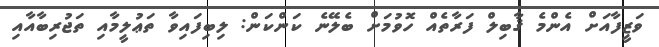
ވަޒީފާއަށް އެންމެ ޤާބިލް ފަރާތެއް ހޮވުމަށް ބެލޭނެ ކަންކަން: ލިބިފައިވާ ތަޢުލީމާއި ތަޖުރިބާއާއި